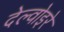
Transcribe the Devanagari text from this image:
देल्वोइरे